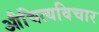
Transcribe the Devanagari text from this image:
औचित्यविचार